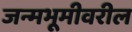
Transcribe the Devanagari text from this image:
जन्मभूमीवरील